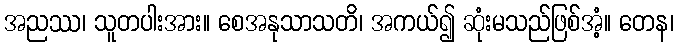
အညဿ၊ သူတပါးအား။ စေအနုသာသတိ၊ အကယ်၍ ဆုံးမသည်ဖြစ်အံ့။ တေန၊